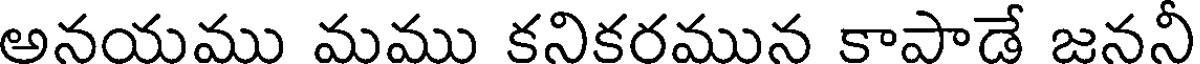
అనయము మము కనికరమున కాపాడే జననీ